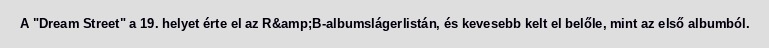
A "Dream Street" a 19. helyet érte el az R&amp;B-albumslágerlistán, és kevesebb kelt el belőle, mint az első albumból.